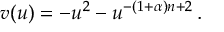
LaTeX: v ( u ) = - u ^ { 2 } - u ^ { - ( 1 + \alpha ) n + 2 } \, .